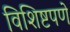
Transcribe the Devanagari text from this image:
विशिष्टपणे